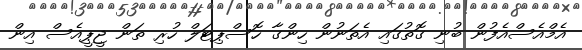
އެމްއެސްއެފުން ބުނި ގޮތުގައި އެތަނުން ހިންގާ ހޮސްޕިޓަލް ހުރި ތަން ޖީޕީއެސް އިން